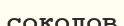
соколов